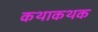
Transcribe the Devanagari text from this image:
कथाकथक